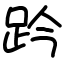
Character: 趻